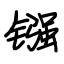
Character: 镪